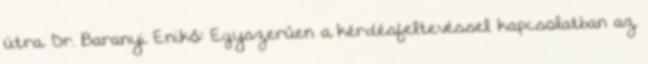
útra. Dr. Baranyi Enikő: Egyszerűen a kérdésfeltevéssel kapcsolatban az